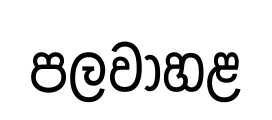
පලවාහළ